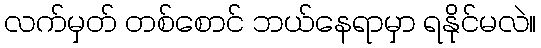
လက်မှတ် တစ်စောင် ဘယ်နေရာမှာ ရနိုင်မလဲ။